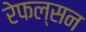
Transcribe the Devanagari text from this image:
रेफल्सन